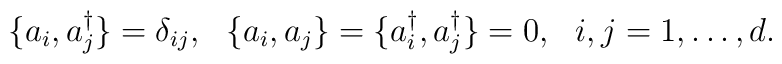
\{a_{i},a_{j}^{\dagger}\} = \delta_{ij},~~ \{a_{i},a_{j}\} = \{a_{i}^{\dagger},a_{j}^{\dagger}\} = 0,~~i,j=1,\ldots,d.